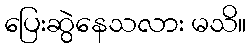
ပြေးဆွဲနေသလား မသိ။